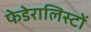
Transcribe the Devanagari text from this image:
फेडेरालिस्टों